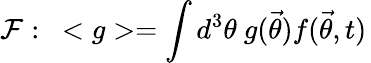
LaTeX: {\cal{F}}:\ <g>=\int d^{3}\theta\ g({\vec{\theta}})f({\vec{\theta}},t)\,